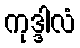
ကုဒ္ဒါလံ